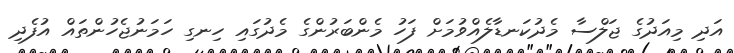
އަދި މިއަދުގެ ޖަލްސާ މެދުކަނޑާލެއްވުމަށް ފަހު މެންބަރުންގެ މެދުގައި ހިނގި ހަމަނުޖެހުންތައް އުފެދި